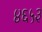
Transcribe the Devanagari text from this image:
४६५३